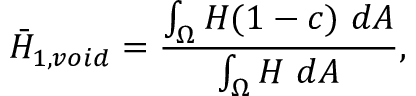
\bar { H } _ { 1 , v o i d } = \frac { \int _ { \Omega } H ( 1 - c ) ~ d A } { \int _ { \Omega } H ~ d A } ,